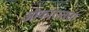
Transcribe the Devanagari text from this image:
औकारांतता